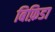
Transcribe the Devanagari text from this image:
बिफ़िडा